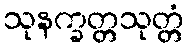
သုနက္ခတ္တသုတ္တံ